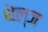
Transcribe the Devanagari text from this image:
थेल्ज